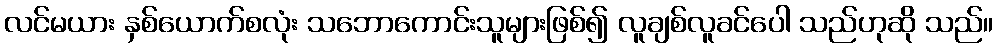
လင်မယား နှစ်ယောက်စလုံး သဘောကောင်းသူများဖြစ်၍ လူချစ်လူခင်ပေါ သည်ဟုဆို သည်။